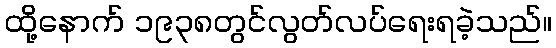
ထို့နောက် ၁၉၃၈တွင်လွတ်လပ်ရေးရခဲ့သည်။